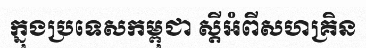
ក្នុងប្រទេសកម្ពុជា ស្តីអំពីសហគ្រិន